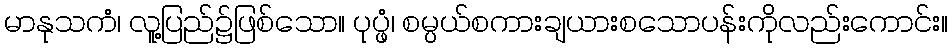
မာနုသကံ၊ လူ့ပြည်၌ဖြစ်သော။ ပုပ္ဖံ၊ စမ္ပယ်စကားချယားစသောပန်းကိုလည်းကောင်း။